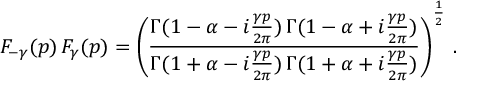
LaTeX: F _ { - \gamma } ( p ) \, F _ { \gamma } ( p ) = \left( \frac { \Gamma ( 1 - \alpha - i \frac { \gamma p } { 2 \pi } ) \, \Gamma ( 1 - \alpha + i \frac { \gamma p } { 2 \pi } ) } { \Gamma ( 1 + \alpha - i \frac { \gamma p } { 2 \pi } ) \, \Gamma ( 1 + \alpha + i \frac { \gamma p } { 2 \pi } ) } \right) ^ { \frac { 1 } { 2 } } \, .